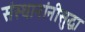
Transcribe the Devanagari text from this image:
संस्थानांनीसुद्धा